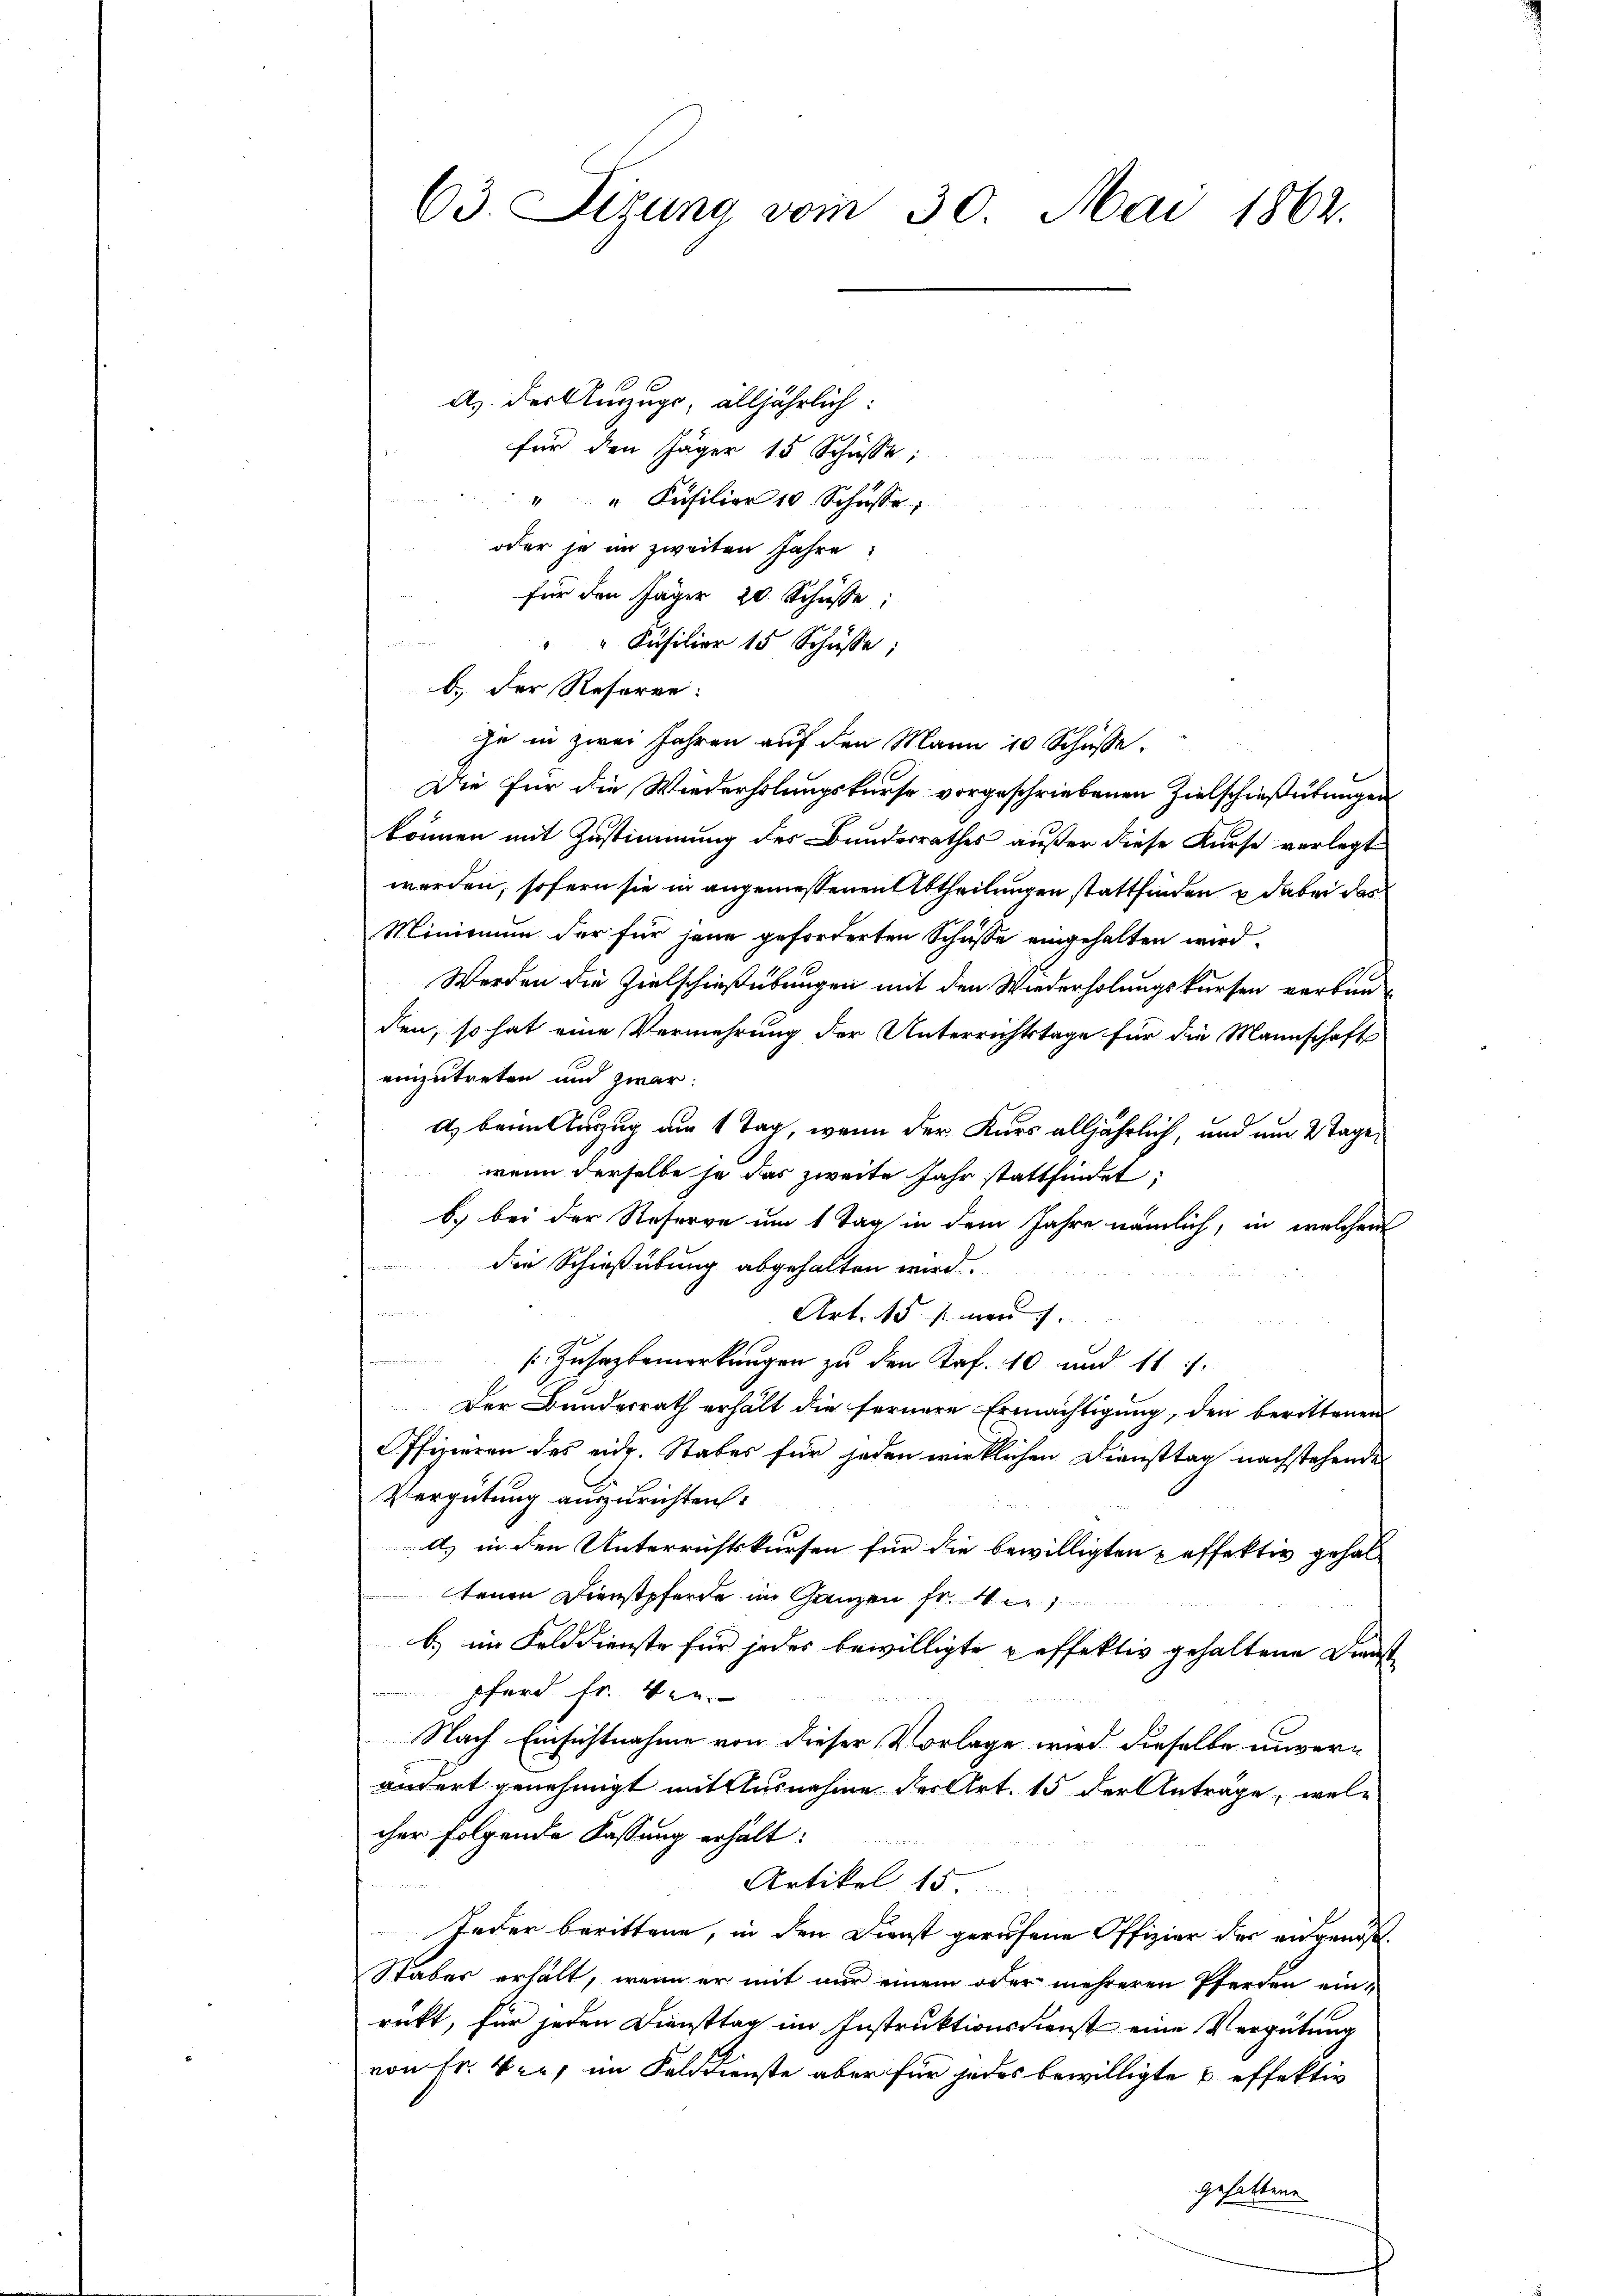
63. Sizung vom 30. Mai 1862.

A. der Umzugs, alljährlich:
für den Jäger 15 Schüsse;
" " Füsilier 10 Schüsse,
oder je im zweiten Jahre
für den Jäger 20. Schüsse:
an
"" Füsilier 15 Schüsse:
b. der Referen:
ie in zwei Jahren auf den Mann 10 Schüsse:
Die für die Wiederholungskurse vorgeschriebenen Zielschießübungen
können mit Zustimmung des Bundesrathes außer diese Kurse verlegt
werden, sofern sie in angemessenen Abtheilungen stattfinden u dabei das
Minimum der für jene geforderten Schüsse eingehalten wird.
Werden die Zielschießübungen mit den Wiederholungskursen vorben
den, so hat eine Vermehrung der Unterrichtstage für die Mannschafts
einzutreten und zwar:
A. beim Auszug am 1 Tag, wenn der Kurs alljährlich, und um 2 Tage,
wenn derselbe je das zweite Jahr stattfindet;
b.) bei der Reserve um 1 Tag in dem Jahre nämlich, in welchem
die Schießübung abgehalten wird.

Art. 15 s. wen
e
Zusazbemerkungen zu den Kaf. 10 und 11.
Der Bundesrath erhält die fernere Ermächtigung, den berittenen
Offizieren des eid. Stabes für jeden wirklichen Diensttag nachstehende
Vergütung auszurichten.
d. in den Unterrichtskursen für die bewilligten paffektiv gehaltenen Dienstpferde im Ganzen fr. 4 e
b.) im Felddienste für jedes bewilligte Keffektiv gehaltene Dienst
Pferd fr. Ver-
Nach Einsichtnahme von dieser Vorlage wird dieselbe unverändert genehmigt mit Ausnahme der Art. 15 der Anträge, welcher folgende Fassung erhält:
Artikel 15.
Jeder berittene, in den Dienst gerufene Offizier der ausgenöß¬
Staber erhält, wenn er mit nur einem oder mehreren Pferden einrückt, für jeden Diensttag im Instruktionsdienst eine Vergütung
von Fr. 4 er, im Felddienste aber für jedes bewilligte & effektiv
gehaltene